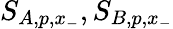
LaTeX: S_{A,p,x_{-}},S_{B,p,x_{-}}